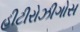
હીટીરોઝીગોસ